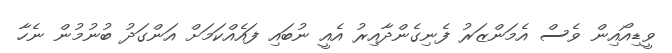
ވީޑިއޯއިން ވެސް އެމަންޒަރު ފެނިގެންދާއިރު އެއީ ނުބައި ފައެއްކަމަށް އަންގަދު ބުނުމުން ނެހާ